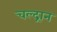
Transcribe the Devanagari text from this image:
चल्द्रान